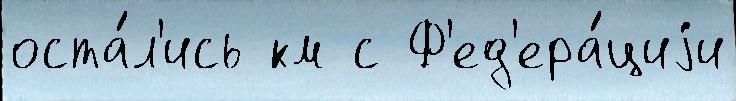
оста́л'ись км с Ф'ед'ера́циjи